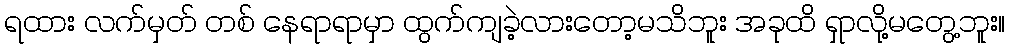
ရထား လက်မှတ် တစ် နေရာရာမှာ ထွက်ကျခဲ့လားတော့မသိဘူး အခုထိ ရှာလို့မတွေ့ဘူး။